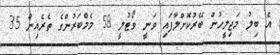
އެ ބިލު މަޖިލީހުން ބޭރުކޮށްލާފައި ވަނީ ވޯޓުލީ 58 މެމްބަރުންގެ ތެރެއިން 35